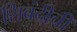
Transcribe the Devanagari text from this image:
शिबंदीची